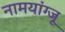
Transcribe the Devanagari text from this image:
नामयांग्जू